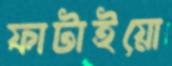
ফাটাইয়ো